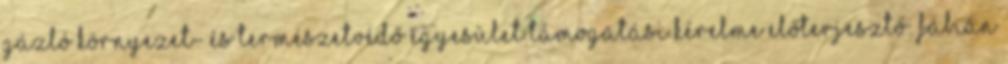
Gázló Környezet- és Természetvédő Egyesület támogatási kérelme Előterjesztő: Fábián